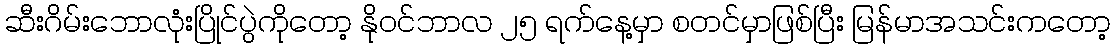
ဆီးဂိမ်းဘောလုံးပြိုင်ပွဲကိုတော့ နိုဝင်ဘာလ ၂၅ ရက်နေ့မှာ စတင်မှာဖြစ်ပြီး မြန်မာအသင်းကတော့